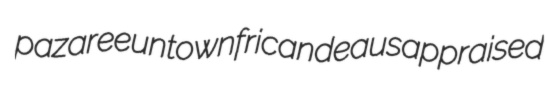
pazaree untown fricandeaus appraised